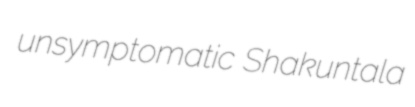
unsymptomatic Shakuntala